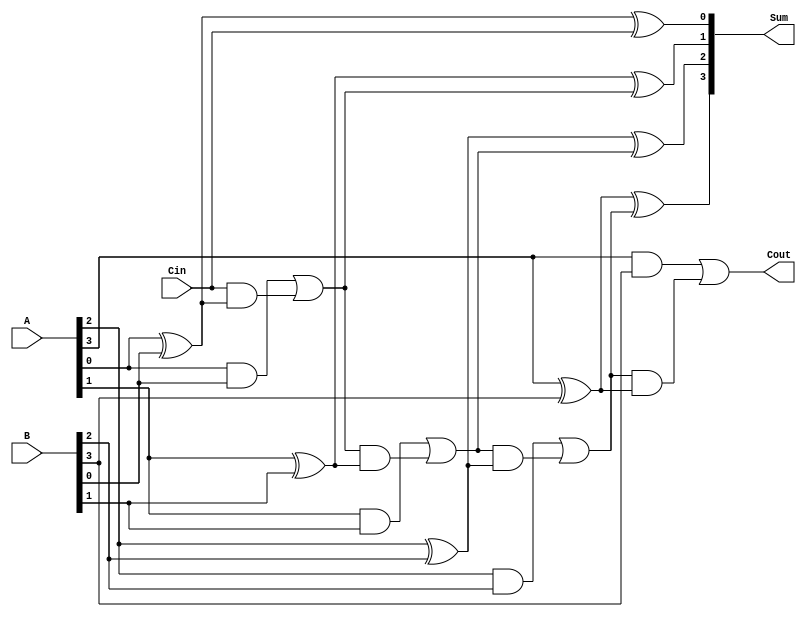
module ParallelFullAdder #(parameter N = 4) (
    input  [N-1:0] A,     // N-bit first operand
    input  [N-1:0] B,     // N-bit second operand
    input          Cin,    // Carry input for the least significant bit
    output [N-1:0] Sum,    // N-bit sum output
    output         Cout     // Carry output for the most significant bit
);

    wire [N:0] carry; // Carry wires for each bit, carry[N] is Cout

    // Assign the initial carry
    assign carry[0] = Cin;

    // Generate the sum and carry for each bit
    genvar i;
    generate
        for (i = 0; i < N; i = i + 1) begin : full_adder
            assign Sum[i] = A[i] ^ B[i] ^ carry[i]; // Sum calculation
            assign carry[i + 1] = (A[i] & B[i]) | (carry[i] & (A[i] ^ B[i])); // Carry calculation
        end
    endgenerate

    // Final carry output
    assign Cout = carry[N];

endmodule